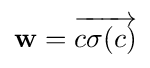
{\mathbf {w}}={\overrightarrow {c\sigma (c)}}